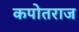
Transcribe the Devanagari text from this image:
कपोतराज